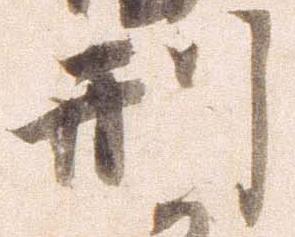
刑